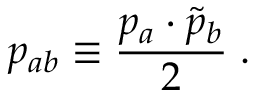
p _ { a b } \equiv \frac { p _ { a } \cdot \tilde { p } _ { b } } { 2 } \; .